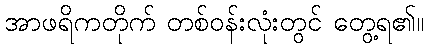
အာဖရိကတိုက် တစ်ဝန်းလုံးတွင် တွေ့ရ၏။